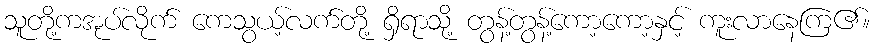
သူတို့ကအုပ်လိုက် ကေသွယ့်လက်တို့ ရှိရာသို့ တွန့်တွန့်ကော့ကော့နှင့် ကူးလာနေကြ၏။